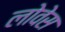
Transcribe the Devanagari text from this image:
लोवेस